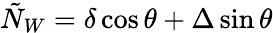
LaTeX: \tilde{N}_{W}=\delta\cos\theta+\Delta\sin\theta